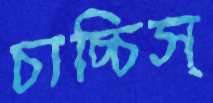
চাচ্চিস্